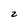
Character: z